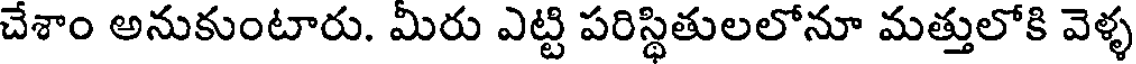
చేశాం అనుకుంటారు. మీరు ఎట్టి పరిస్థితులలోనూ మత్తులోకి వెళ్ళ